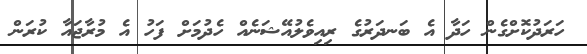
ހަރަދުކޮށްގެން ހަދާ އެ ބަނދަރުގެ ރިއިވެލުއޭޝަނެއް ހެދުމަށް ފަހު އެ މުރާޖައާ ކުރަން